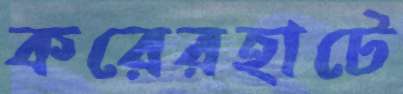
করেরহাটে